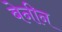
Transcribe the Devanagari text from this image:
बेनीन